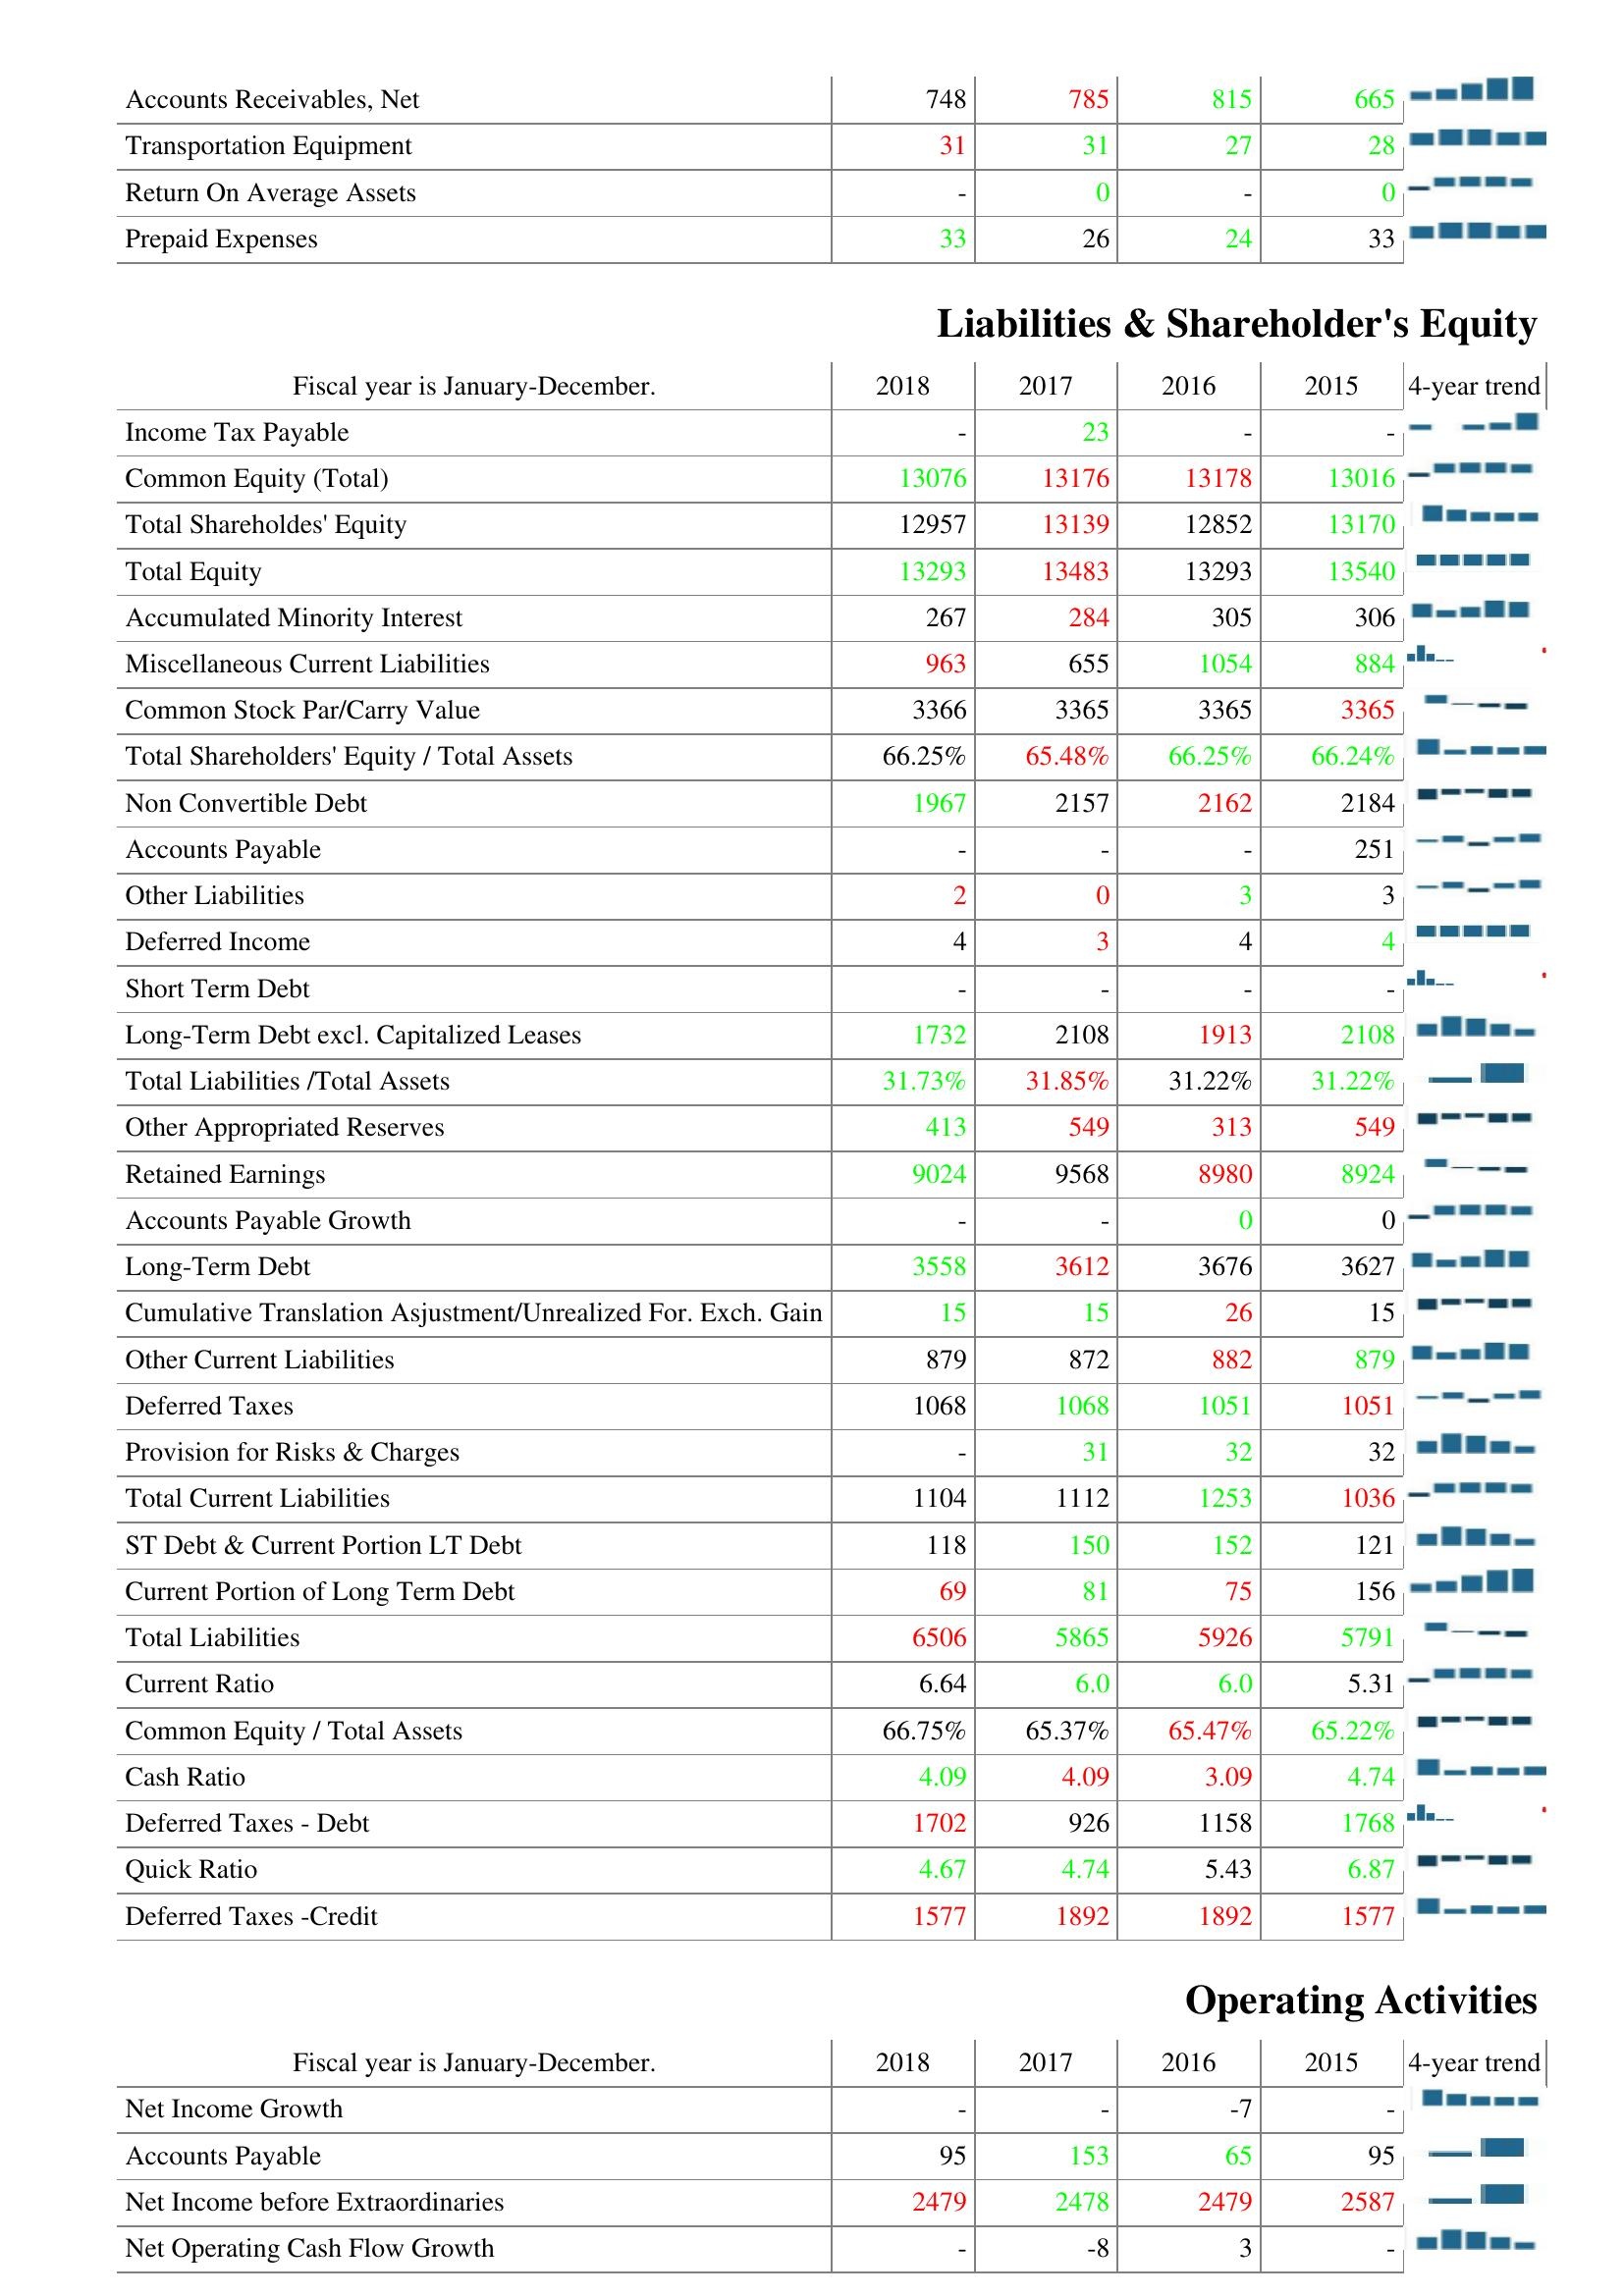
2018: Assets: Accounts Receivables, Net: 748
Transportation Equipment: 31
Return On Average Assets: -
Prepaid Expenses: 33
Liabilities & Shareholder's Equity: Income Tax Payable: -
Common Equity (Total): 13076
Total Shareholdes' Equity: 12957
Total Equity: 13293
Accumulated Minority Interest: 267
Miscellaneous Current Liabilities: 963
Common Stock Par/Carry Value: 3366
Total Shareholders' Equity / Total Assets: 66.25%
Non Convertible Debt: 1967
Accounts Payable: -
Other Liabilities: 2
Deferred Income: 4
Short Term Debt: -
Long-Term Debt excl. Capitalized Leases: 1732
Total Liabilities /Total Assets: 31.73%
Other Appropriated Reserves: 413
Retained Earnings: 9024
Accounts Payable Growth: -
Long-Term Debt: 3558
Cumulative Translation Asjustment/Unrealized For. Exch. Gain: 15
Other Current Liabilities: 879
Deferred Taxes: 1068
Provision for Risks & Charges: -
Total Current Liabilities: 1104
ST Debt & Current Portion LT Debt: 118
Current Portion of Long Term Debt: 69
Total Liabilities: 6506
Current Ratio: 6.64
Common Equity / Total Assets: 66.75%
Cash Ratio: 4.09
Deferred Taxes - Debt: 1702
Quick Ratio: 4.67
Deferred Taxes -Credit: 1577
Operating Activities: Net Income Growth: -
Accounts Payable: 95
Net Income before Extraordinaries: 2479
Net Operating Cash Flow Growth: -
2017: Assets: Accounts Receivables, Net: 785
Transportation Equipment: 31
Return On Average Assets: 0
Prepaid Expenses: 26
Liabilities & Shareholder's Equity: Income Tax Payable: 23
Common Equity (Total): 13176
Total Shareholdes' Equity: 13139
Total Equity: 13483
Accumulated Minority Interest: 284
Miscellaneous Current Liabilities: 655
Common Stock Par/Carry Value: 3365
Total Shareholders' Equity / Total Assets: 65.48%
Non Convertible Debt: 2157
Accounts Payable: -
Other Liabilities: 0
Deferred Income: 3
Short Term Debt: -
Long-Term Debt excl. Capitalized Leases: 2108
Total Liabilities /Total Assets: 31.85%
Other Appropriated Reserves: 549
Retained Earnings: 9568
Accounts Payable Growth: -
Long-Term Debt: 3612
Cumulative Translation Asjustment/Unrealized For. Exch. Gain: 15
Other Current Liabilities: 872
Deferred Taxes: 1068
Provision for Risks & Charges: 31
Total Current Liabilities: 1112
ST Debt & Current Portion LT Debt: 150
Current Portion of Long Term Debt: 81
Total Liabilities: 5865
Current Ratio: 6.0
Common Equity / Total Assets: 65.37%
Cash Ratio: 4.09
Deferred Taxes - Debt: 926
Quick Ratio: 4.74
Deferred Taxes -Credit: 1892
Operating Activities: Net Income Growth: -
Accounts Payable: 153
Net Income before Extraordinaries: 2478
Net Operating Cash Flow Growth: -8
2016: Assets: Accounts Receivables, Net: 815
Transportation Equipment: 27
Return On Average Assets: -
Prepaid Expenses: 24
Liabilities & Shareholder's Equity: Income Tax Payable: -
Common Equity (Total): 13178
Total Shareholdes' Equity: 12852
Total Equity: 13293
Accumulated Minority Interest: 305
Miscellaneous Current Liabilities: 1054
Common Stock Par/Carry Value: 3365
Total Shareholders' Equity / Total Assets: 66.25%
Non Convertible Debt: 2162
Accounts Payable: -
Other Liabilities: 3
Deferred Income: 4
Short Term Debt: -
Long-Term Debt excl. Capitalized Leases: 1913
Total Liabilities /Total Assets: 31.22%
Other Appropriated Reserves: 313
Retained Earnings: 8980
Accounts Payable Growth: 0
Long-Term Debt: 3676
Cumulative Translation Asjustment/Unrealized For. Exch. Gain: 26
Other Current Liabilities: 882
Deferred Taxes: 1051
Provision for Risks & Charges: 32
Total Current Liabilities: 1253
ST Debt & Current Portion LT Debt: 152
Current Portion of Long Term Debt: 75
Total Liabilities: 5926
Current Ratio: 6.0
Common Equity / Total Assets: 65.47%
Cash Ratio: 3.09
Deferred Taxes - Debt: 1158
Quick Ratio: 5.43
Deferred Taxes -Credit: 1892
Operating Activities: Net Income Growth: -7
Accounts Payable: 65
Net Income before Extraordinaries: 2479
Net Operating Cash Flow Growth: 3
2015: Assets: Accounts Receivables, Net: 665
Transportation Equipment: 28
Return On Average Assets: 0
Prepaid Expenses: 33
Liabilities & Shareholder's Equity: Income Tax Payable: -
Common Equity (Total): 13016
Total Shareholdes' Equity: 13170
Total Equity: 13540
Accumulated Minority Interest: 306
Miscellaneous Current Liabilities: 884
Common Stock Par/Carry Value: 3365
Total Shareholders' Equity / Total Assets: 66.24%
Non Convertible Debt: 2184
Accounts Payable: 251
Other Liabilities: 3
Deferred Income: 4
Short Term Debt: -
Long-Term Debt excl. Capitalized Leases: 2108
Total Liabilities /Total Assets: 31.22%
Other Appropriated Reserves: 549
Retained Earnings: 8924
Accounts Payable Growth: 0
Long-Term Debt: 3627
Cumulative Translation Asjustment/Unrealized For. Exch. Gain: 15
Other Current Liabilities: 879
Deferred Taxes: 1051
Provision for Risks & Charges: 32
Total Current Liabilities: 1036
ST Debt & Current Portion LT Debt: 121
Current Portion of Long Term Debt: 156
Total Liabilities: 5791
Current Ratio: 5.31
Common Equity / Total Assets: 65.22%
Cash Ratio: 4.74
Deferred Taxes - Debt: 1768
Quick Ratio: 6.87
Deferred Taxes -Credit: 1577
Operating Activities: Net Income Growth: -
Accounts Payable: 95
Net Income before Extraordinaries: 2587
Net Operating Cash Flow Growth: -